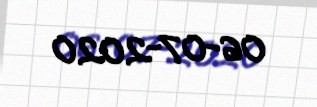
06-07-2020